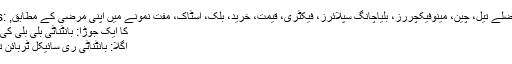
Hot Tags: زمین کے فضلے تیل، چین، مینوفیکچررز، بلیاچانگ سپلائرز، فیکٹری، قیمت، خرید، بلک، اسٹاک، مفت نمونے میں اپنی مرضی کے مطابق,
کا ایک جوڑا: بانٹناٹی بلی بلی کی گندگی بلک
اگلا: بانٹناٹی ری سائیکل ٹربائن تیل کے لئے